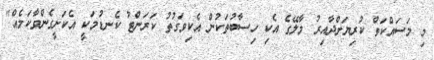
މި މަސައްކަތް ކުރިޔަށްދާއިރު މާލޭގެ އެކި ހިސާބުތަކުން އެކިވަގުތު ކަރަންޓު ކެނޑުމަކީ އެކަށީގެންވާކަމެއް"